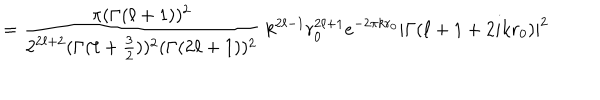
= { \frac { \pi ( \Gamma ( \ell + 1 ) ) ^ { 2 } } { 2 ^ { 2 \ell + 2 } ( \Gamma ( \ell + { \frac { 3 } { 2 } } ) ) ^ { 2 } ( \Gamma ( 2 \ell + 1 ) ) ^ { 2 } } } \; k ^ { 2 \ell - 1 } r _ { 0 } ^ { 2 \ell + 1 } e ^ { - 2 \pi k r _ { 0 } } | \Gamma ( \ell + 1 + 2 i k r _ { 0 } ) | ^ { 2 }